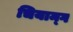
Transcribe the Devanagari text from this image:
चियाम्ग